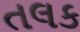
તલક